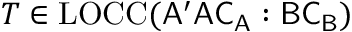
T \in \mathrm { L O C C } ( \mathsf { A ^ { \prime } A C _ { A } } : \mathsf { B C _ { B } } )